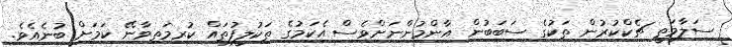
ސަލާމަތީ ޗެކްކުރުން ތަކުގެ ސަބަބުން އާންމުންނަށްވެސް އެކަމުގެ ތަކުލީފުތައް ކުރިމަތިވާނޭ ކަމަށް ބުނެއެވެ.